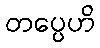
တပ္ပေဟိ